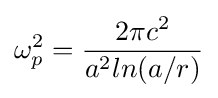
\omega _{p}^{2}={\frac {2\pi c^{2}}{a^{2}ln(a/r)}}